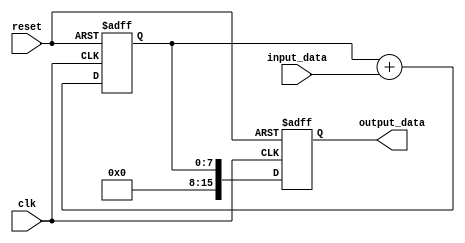
module Pipeline_Accumulator (
  input clk,
  input reset,
  input [7:0] input_data,
  output reg [15:0] output_data
);

reg [7:0] accumulator;

always @ (posedge clk or posedge reset) begin
  if (reset) begin
    accumulator <= 8'b0;
    output_data <= 16'b0;
  end else begin
    accumulator <= accumulator + input_data;
    output_data <= accumulator;
  end
end

endmodule